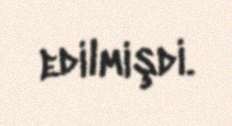
edilmişdi.